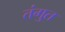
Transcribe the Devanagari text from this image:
तंगुत